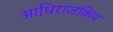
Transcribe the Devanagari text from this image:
आधिराजकिय